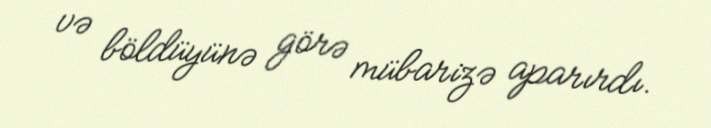
və böldüyünə görə mübarizə aparırdı.